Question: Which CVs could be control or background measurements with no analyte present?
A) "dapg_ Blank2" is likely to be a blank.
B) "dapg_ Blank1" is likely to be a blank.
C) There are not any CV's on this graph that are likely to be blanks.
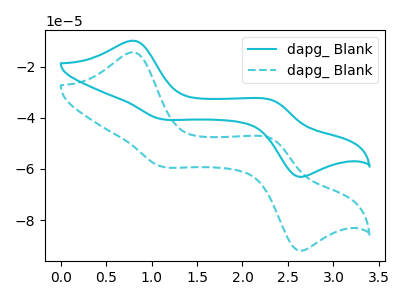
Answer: <think>The cyan curve "dapg_ Blank1" has anodic peaks at (0.80V, -9.85uA) (2.35V, -33.15uA) and cathodic peaks at (1.10V, -40.40uA) (2.60V, -62.85uA). The cyan dashed curve "dapg_ Blank2" has anodic peaks at (0.80V, -14.35uA) (2.35V, -48.35uA) and cathodic peaks at (1.10V, -58.90uA) (2.60V, -91.60uA).</think>
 <answer>C) There are not any CV's on this graph that are likely to be blanks.</answer>
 <eval>C</eval>